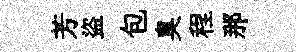
芳盜包臭程那